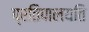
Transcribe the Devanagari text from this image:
प्रतिपालयति